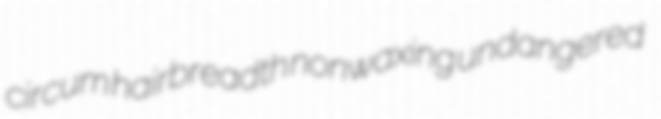
circum hairbreadth nonwaxing undangered